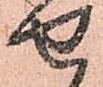
せ